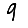
Digit: 9